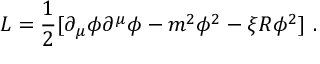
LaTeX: { \cal L } = { \frac { 1 } { 2 } } [ \partial _ { \mu } \phi \partial ^ { \mu } \phi - m ^ { 2 } \phi ^ { 2 } - \xi { \cal R } \phi ^ { 2 } ] ~ .